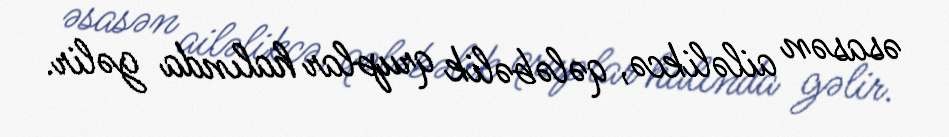
əsasən ailəlikcə, qələbəlik qruplar halında gəlir.